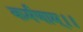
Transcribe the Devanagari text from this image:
कर्मणाम्।।